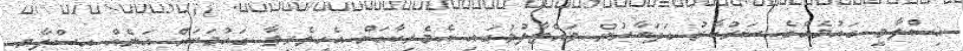
އިސްލާމީ ގައުމެއްގެ ސަރުކާރު ގަދަބާރުން ވައްޓާލުމުގައި އެމެރިކާއަށް އެހީތެރިވާ ގައުމަކަށް އަނެއް އިސްލާމީ